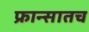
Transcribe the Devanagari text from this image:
फ्रान्सातच